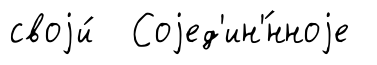
своjи́ Соjед'ин'́нноjе